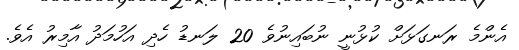
އެންމެ ރަނގަޅަށް ކުޅުނީ ނުބައިނުވެ 20 ލަނޑު ހެދި އަހުމަދު އާމިރު އެެވެ.